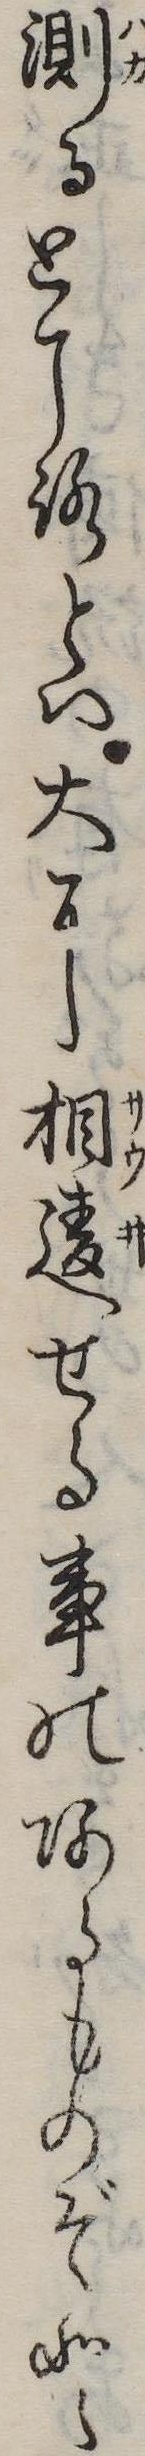
測るところとは大に相違せる事のあるものぞと